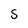
Character: S